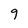
Character: 9